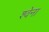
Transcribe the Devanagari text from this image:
श्वेना